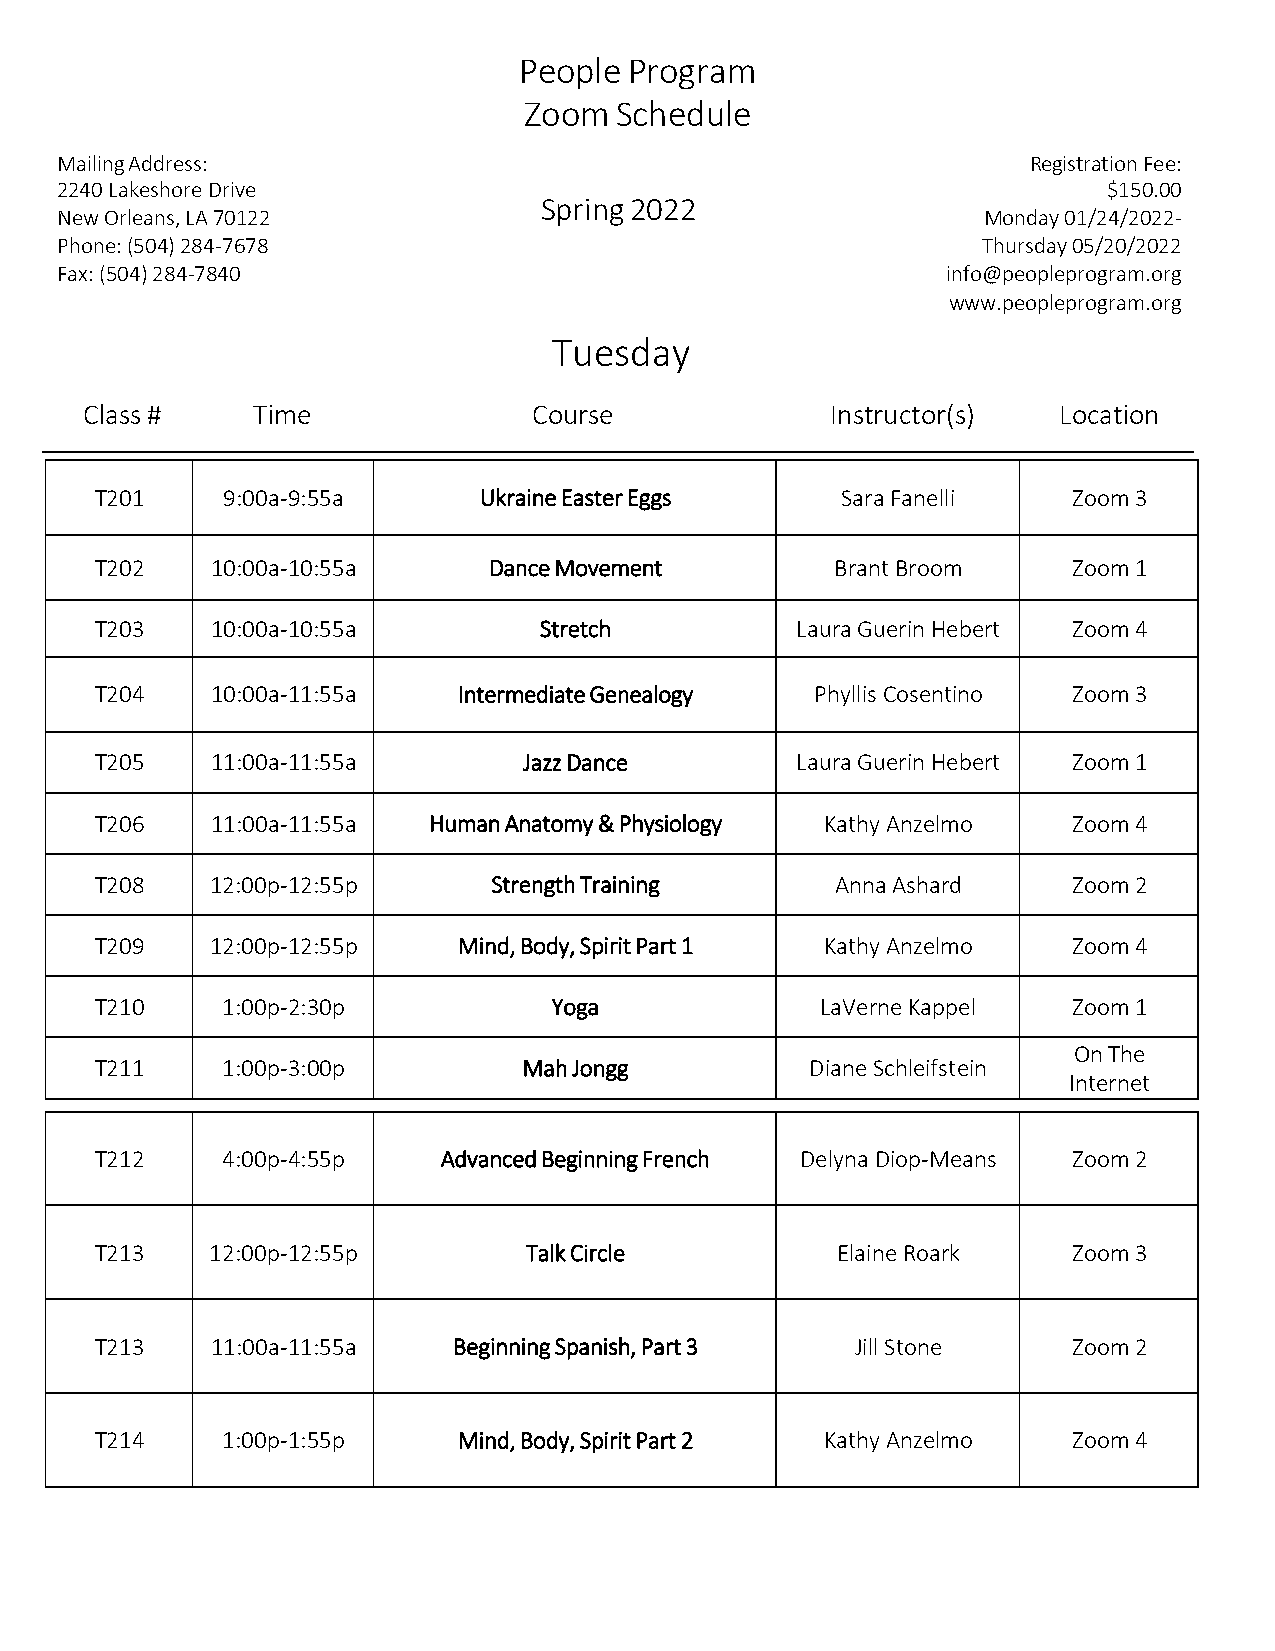
People  Program
 Zoom  Schedule
 Mailing Address:                                                Registration Fee:
 2240 Lakeshore Drive                                                 $150.00
 Spring 2022
 New Orleans, LA 70122                                        Monday 01/24/2022-
 Phone: (504) 284-7678                                        Thursday 05/20/2022
 Fax: (504) 284-7840                                        info@peopleprogram.org
 www.peopleprogram.org
 Tuesday
 Class #     Time              Course              Instructor(s)  Location
 T201     9:00a-9:55a      Ukraine Easter Eggs     Sara Fanelli   Zoom 3
 T202    10:00a-10:55a     Dance Movement         Brant Broom     Zoom 1
 T203    10:00a-10:55a         Stretch          Laura Guerin Hebert Zoom 4
 T204    10:00a-11:55a   Intermediate Genealogy  Phyllis Cosentino Zoom 3
 T205    11:00a-11:55a        Jazz Dance        Laura Guerin Hebert Zoom 1
 T206    11:00a-11:55a Human Anatomy & Physiology Kathy Anzelmo   Zoom 4
 T208    12:00p-12:55p      Strength Training     Anna Ashard     Zoom 2
 T209    12:00p-12:55p   Mind, Body, Spirit Part 1 Kathy Anzelmo  Zoom 4
 T210     1:00p-2:30p           Yoga             LaVerne Kappel   Zoom 1
 On The
 T211     1:00p-3:00p         Mah Jongg          Diane Schleifstein
 Internet
 T212     4:00p-4:55p   Advanced Beginning French Delyna Diop-Means Zoom 2
 T213    12:00p-12:55p        Talk Circle         Elaine Roark    Zoom 3
 T213    11:00a-11:55a   Beginning Spanish, Part 3  Jill Stone    Zoom 2
 T214     1:00p-1:55p    Mind, Body, Spirit Part 2 Kathy Anzelmo  Zoom 4